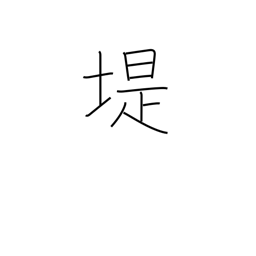
Meaning: embankment